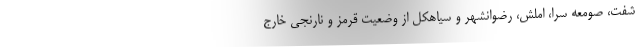
شفت، صومعه سرا، املش، رضوانشهر و سیاهکل از وضعیت قرمز و نارنجی خارج